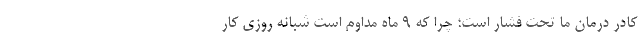
کادر درمان ما تحت فشار است؛ چرا که ۹ ماه مداوم است شبانه روزی کار